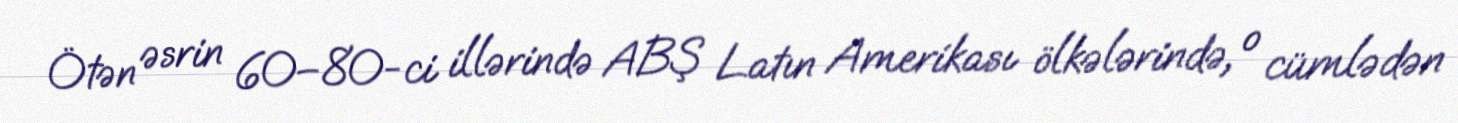
Ötən əsrin 60–80-ci illərində ABŞ Latın Amerikası ölkələrində, o cümlədən